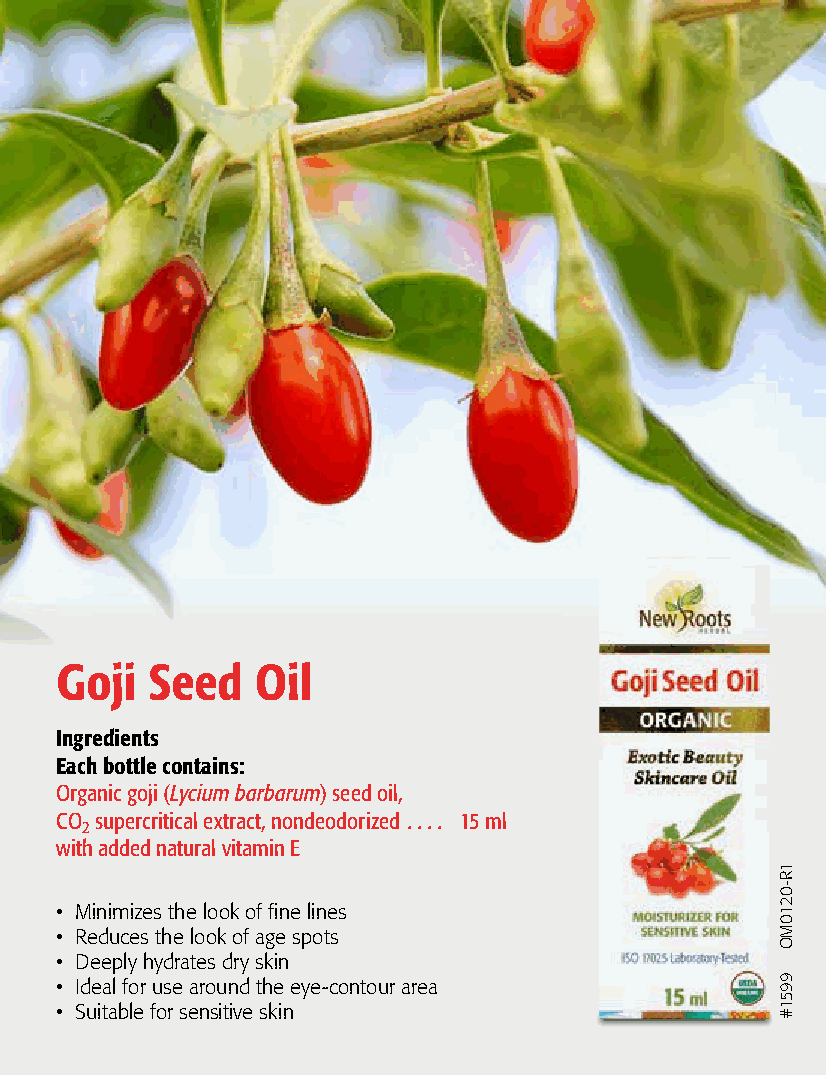
Goji  Seed   Oil
 Ingredients
 Each bottle contains:
 Organic goji (Lycium barbarum) seed oil,
 CO supercritical extract, nondeodorized  . . . . 15 ml
 2
 with added natural vitamin E
 • Minimizes the look of fine lines
 • Reduces the look of age spots
 • Deeply hydrates dry skin
 • Ideal for use around the eye-contour area
 • Suitable for sensitive skin
 1R-0210MO
 9951#